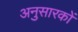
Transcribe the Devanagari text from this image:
अनुसारकों